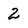
Character: 2